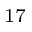
^ { 1 7 }